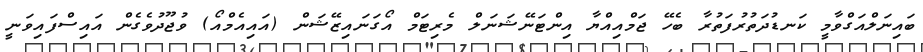
ބައިނަލްއަގްވާމީ ކަނޑުދަތުރުފަތުރާ ބެހޭ ޖަމްއިއްޔާ އިންޓަނޭޝަނަލް މެރިޓަމް އޯގަނައިޒޭޝަން (އައިއެމްއޯ) ވުޖޫދުވެގެން އައިސްފައިވަނީ